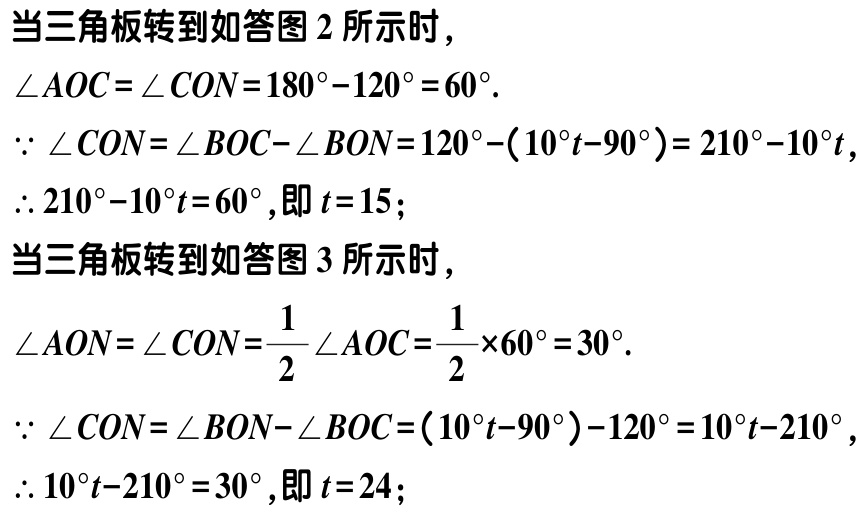
当三角板转到如答图 2 所示时，
\(\angle AOC = \angle CON=180^{\circ}-120^{\circ} = 60^{\circ}\).
\(\because \angle CON= \angle BOC-\angle BON=120^{\circ}-(10^{\circ}t - 90^{\circ}) = 210^{\circ}-10^{\circ}t\)，
\(\therefore 210^{\circ}-10^{\circ}t = 60^{\circ}\),即\(t = 15\)；
当三角板转到如答图 3 所示时，
\(\angle AON = \angle CON=\dfrac{1}{2}\angle AOC=\dfrac{1}{2}\times60^{\circ} = 30^{\circ}\).
\(\because \angle CON= \angle BON-\angle BOC=(10^{\circ}t - 90^{\circ})-120^{\circ}=10^{\circ}t - 210^{\circ}\)，
\(\therefore 10^{\circ}t - 210^{\circ} = 30^{\circ}\),即\(t = 24\)；